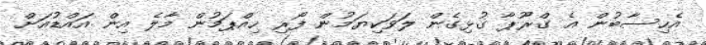
އެހިސާބުން އެ ގްރޫޕާ ގުޅިގެން ލަވަކިޔަމުން ފޯރި ހިއްޕަމުން މާލެ އިން އައްޑުއަށް